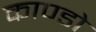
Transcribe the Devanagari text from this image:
काण्डो